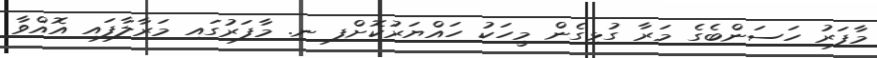
މާފަރު ހަސަންބެގެ މަރާ ގުޅިގެން މީހަކު ހައްޔަރުކޮށްފި ނ. މާފަރުގައި މަރާލާފައި އޮއްވާ